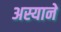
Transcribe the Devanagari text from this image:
अस्याने